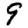
Digit: 9